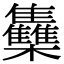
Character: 雧